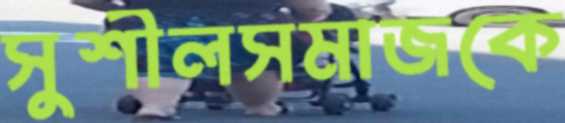
সুশীলসমাজকে